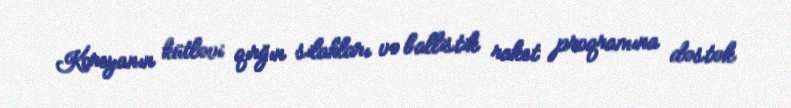
Koreyanın kütləvi qırğın silahları və ballistik raket proqramına dəstək